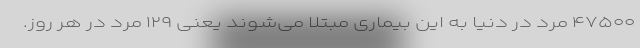
۴۷۵۰۰ مرد در دنیا به این بیماری مبتلا می‌شوند یعنی ۱۲۹ مرد در هر روز.